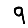
Digit: 9